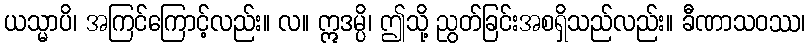
ယသ္မာပိ၊ အကြင်ကြောင့်လည်း။ လ။ ဣဒမ္ပိ၊ ဤသို့ ညွတ်ခြင်းအစရှိသည်လည်း။ ခီဏာသဝဿ၊